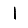
Digit: 1